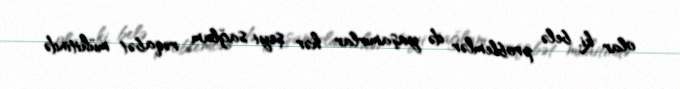
olar ki, belə problemlər də yaşamırlar: hər şeyi sağlam rəqabət mühitində